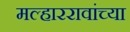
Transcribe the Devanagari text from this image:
मल्हाररावांच्या